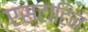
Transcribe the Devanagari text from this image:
एस्टाटिन